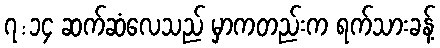
၇:၁၄ ဆက်ဆံလေသည် မှာကတည်းက ရက်သားခန့်